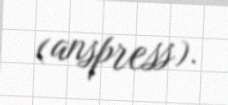
(anspress).